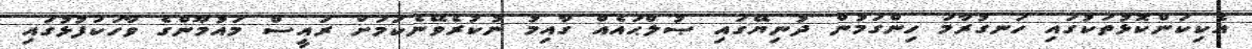
އެކިކަންކޮޅުތަކުގައި ހަނގުރާމަ ހިންގަމުން ދުނިޔޭގައި ޞުލްޙައެއް ގާއިމު ނުކުރެވޭނެކަމަށް ރައީސް މައުމޫންގެ ވާހަކަފުޅުގައި